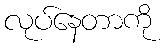
လုပ်နေတာကို